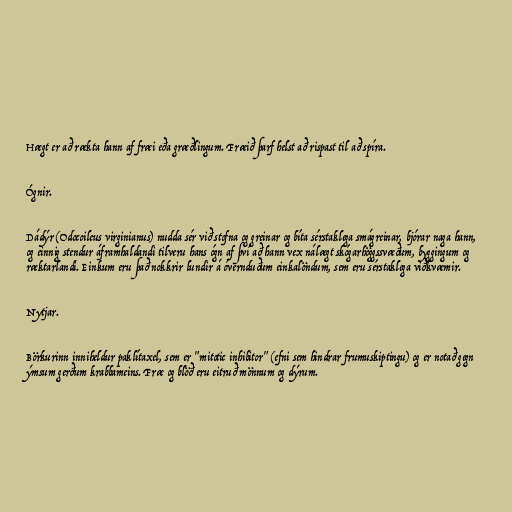
Hægt er að rækta hann af fræi eða græðlingum. Fræið þarf helst að rispast til að spíra.

Ógnir.

Dádýr (Odocoileus virginianus) nudda sér við stofna og greinar og bíta sérstaklega smágreinar, bjórar naga hann,
og einnig stendur áframhaldandi tilveru hans ógn af því að hann vex nálægt skógarhöggssvæðum, byggingum og
ræktarlandi. Einkum eru það nokkrir lundir á óvernduðum einkalöndum, sem eru sérstaklega viðkvæmir.

Nytjar.

Börkurinn inniheldur paklítaxel, sem er "mitotic inhibitor" (efni sem hindrar frumuskiptingu) og er notað gegn
ýmsum gerðum krabbameins. Fræ og blöð eru eitruð mönnum og dýrum.